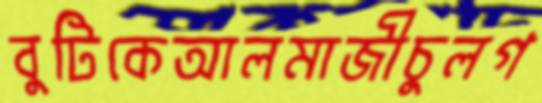
বুটিকেআলমাজীচুলগ